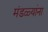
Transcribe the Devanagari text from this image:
मंडळ्यांना